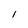
Character: 1